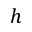
h